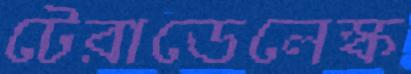
টেরাডেলেস্ক